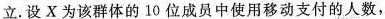
立。设X为该群体的10位成员中使用移动支付的人数，